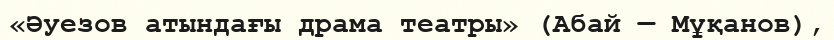
«Әуезов атындағы драма театры» (Абай — Мұқанов),